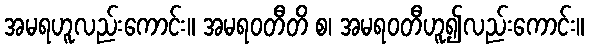
အမရဟူလည်းကောင်း။ အမရဝတီတိ စ၊ အမရဝတီဟူ၍လည်းကောင်း။